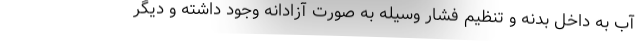
آب به داخل بدنه و تنظیم فشار وسیله به صورت آزادانه وجود داشته و دیگر